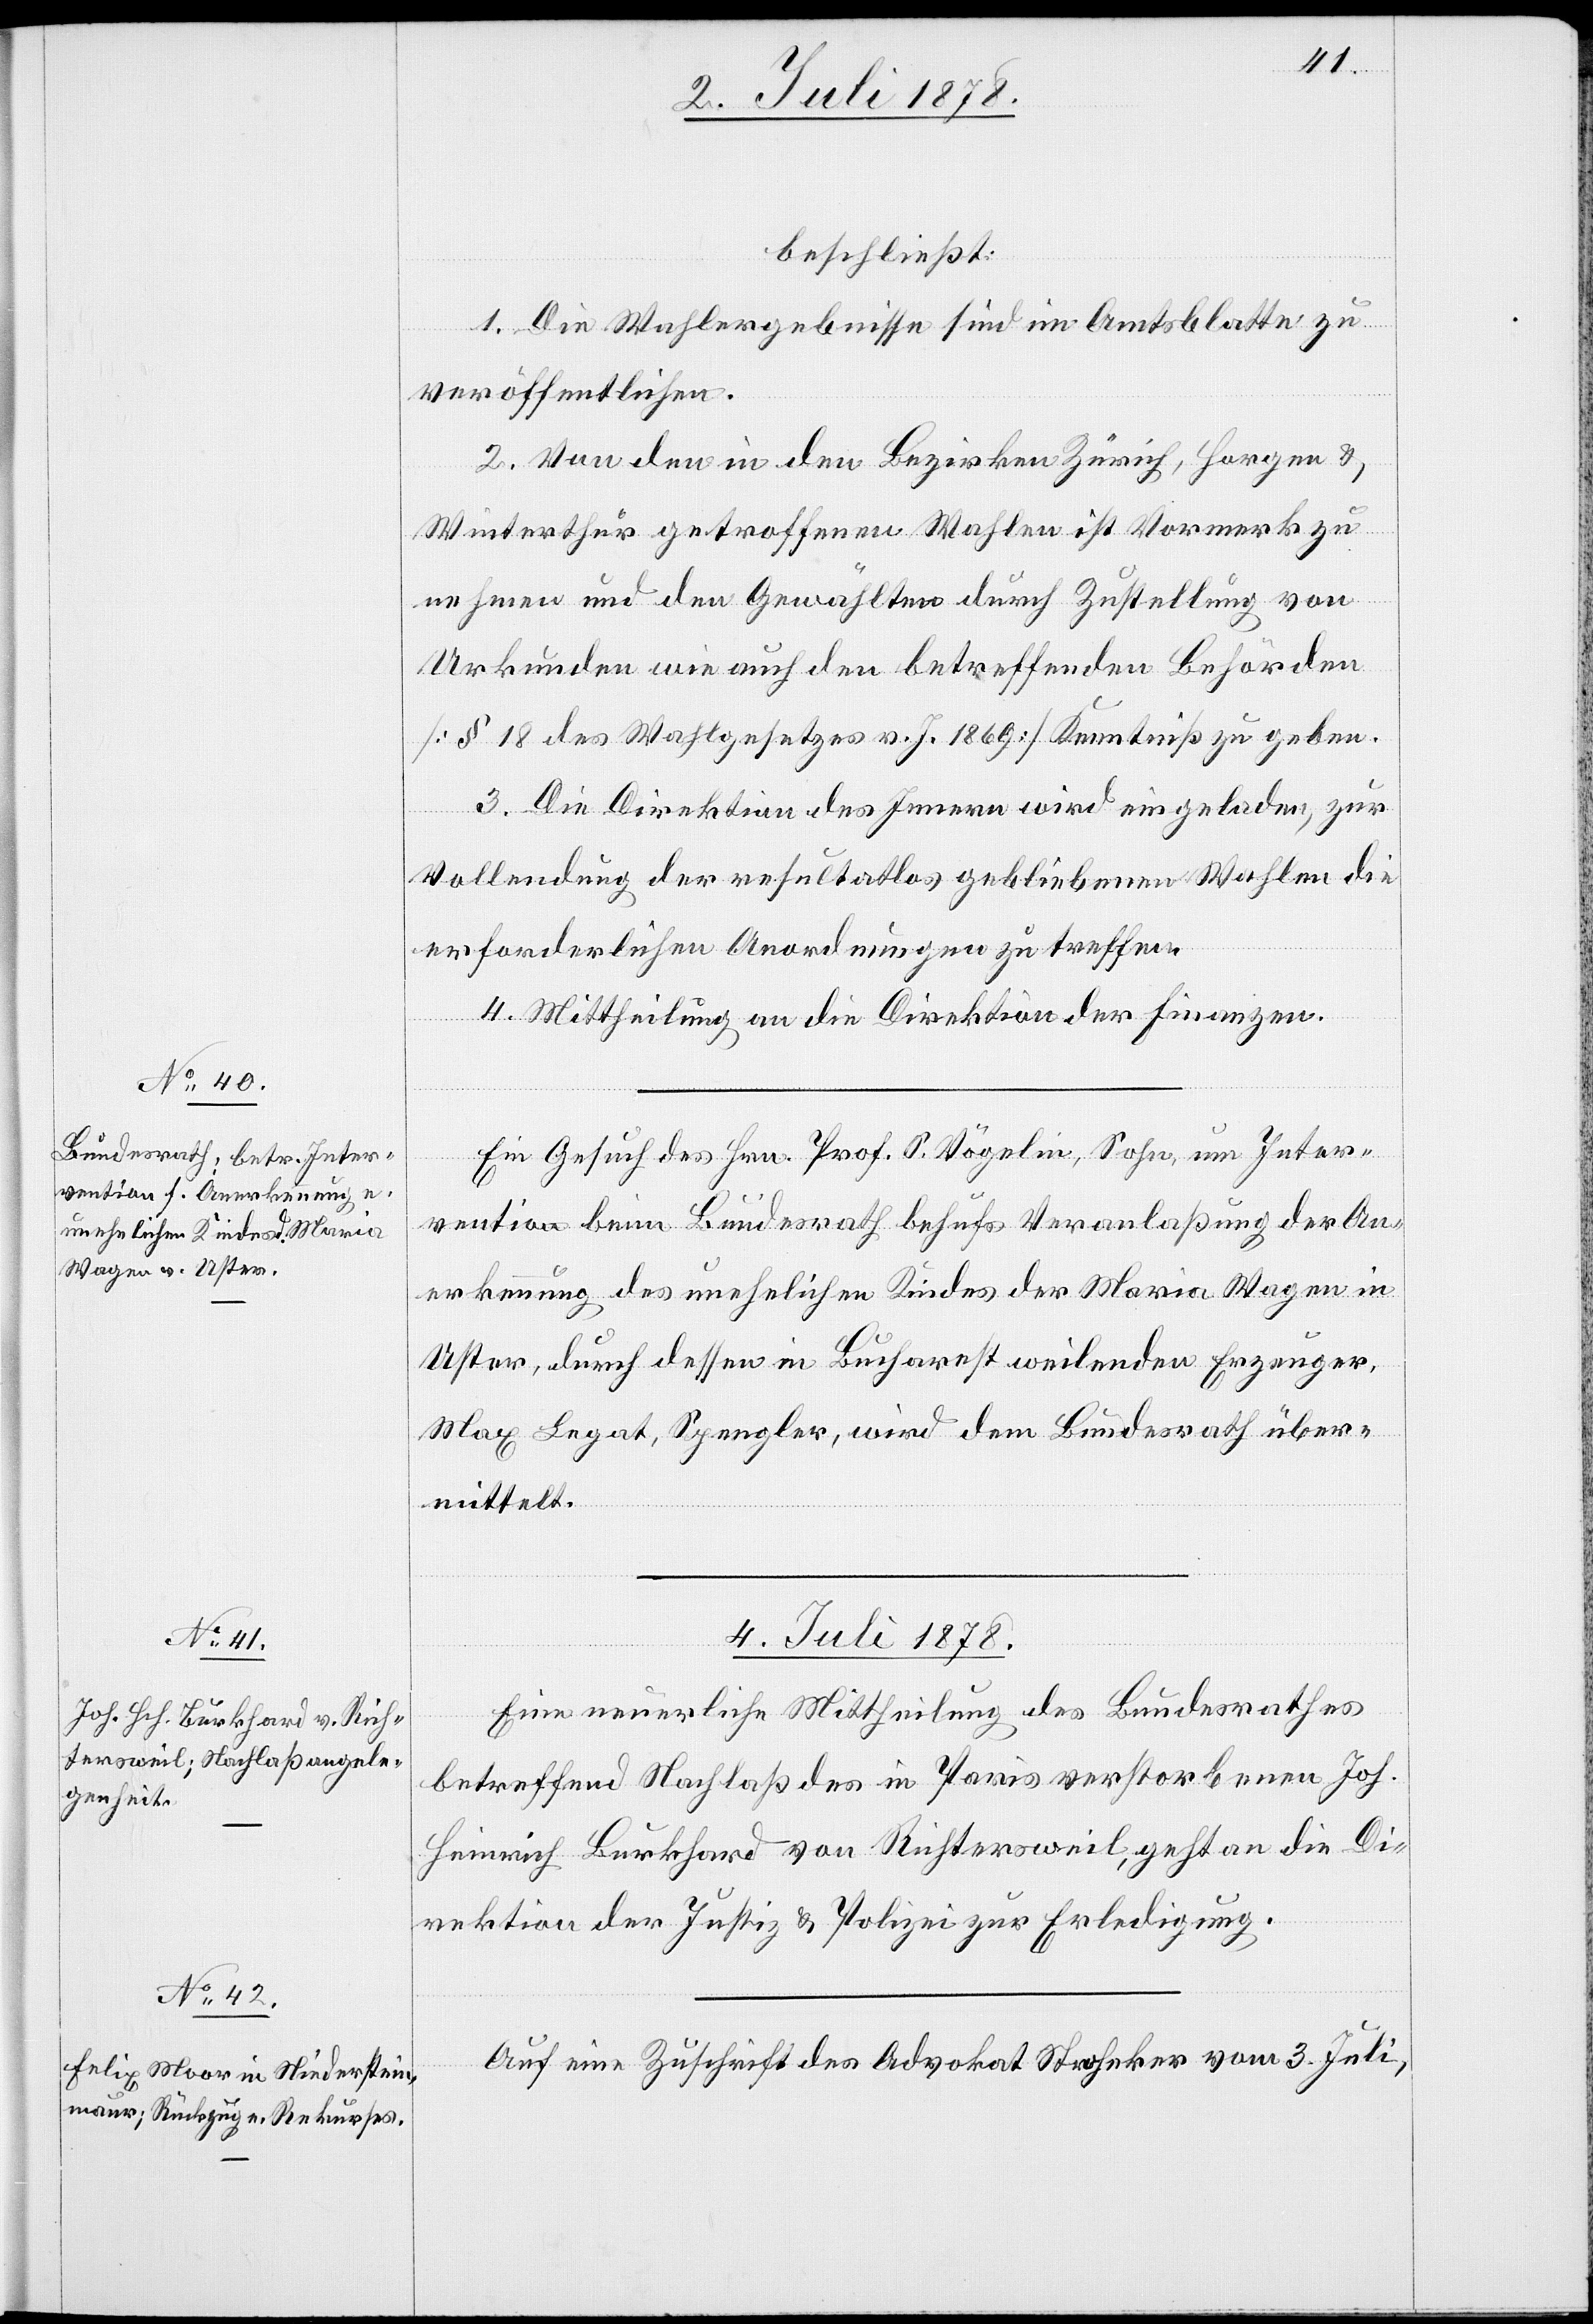
3. Juli 1878.]
beschließt:
1. Die Wahlergebnisse sind im Amtsblatte zu
veröffentlichen.
2. Von den in den Bezirken Zürich, Horgen &
Winterthur getroffenen Wahlen ist Vormerk zu
nehmen und den Gewählten durch Zustellung von
Urkunden wie auch den betreffenden Behörden
[§ 18 des Wahlgesetzes v. J. 1869] Kenntniß zu geben.
3. Die Direktion des Innern wird eingeladen, zur
Vollendung der resultatlos gebliebenen Wahlen die
erforderlichen Anordnungen zu treffen.
4. Mittheilung an die Direktion der Finanzen.
Ein Gesuch des Hrn. Prof. S. Vögelin, Sohn, um Inter¬
vention beim Bundesrath behufs Veranlaßung der An¬
erkennung des unehelichen Kindes der Maria Wagen in
Uster, durch dessen in Bucharest weilenden Erzeuger,
Max Legat, Spengler, wird dem Bundesrath über¬
mittelt.
4. Juli 1878.]
Eine neuerliche Mittheilung des Bundesrathes
betreffend Nachlaß des in Paris verstorbenen Joh.
Heinrich Burkhard von Richtersweil, geht an die Di¬
rektion der Justiz & Polizei zur Erledigung.
Auf eine Zuschrift des Advokat Stroheker vom 3. Juli,